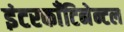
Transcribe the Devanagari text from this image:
इंटरकाँटिनेन्टल